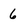
Character: 6